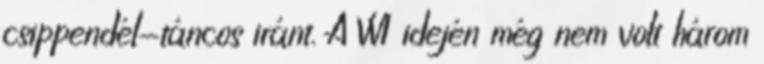
csippendél-táncos iránt. A VV1 idején még nem volt három